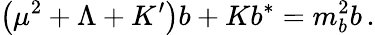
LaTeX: \left(\mu^{2}+\Lambda+K^{\prime}\right)b+Kb^{*}=m_{b}^{2}b\, .